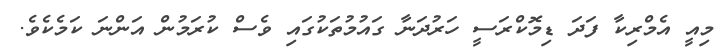
މިއީ އެމްރިކާ ފަދަ ޑިމޮކްރަސީ ހަރުދަނާ ގައުމުތަކުގައި ވެސް ކުރަމުން އަންނަ ކަމެކެވެ.